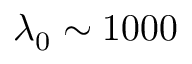
\lambda _ { 0 } \sim 1 0 0 0